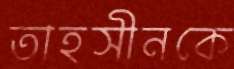
তাহসীনকে